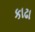
કાઢા